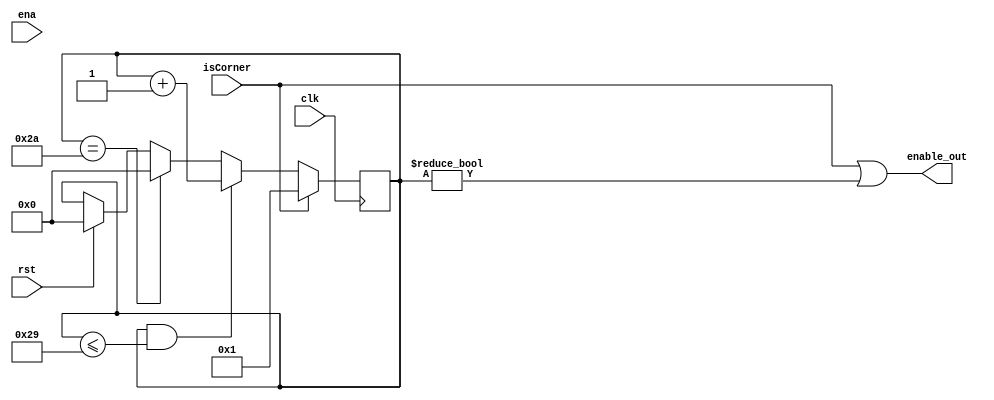
module Centroid_Controller(clk, rst, ena, isCorner, enable_out);

input clk;
input rst;
input ena;

input isCorner;

output enable_out;

reg [6-1:0] counter;

always @(posedge clk) begin
    if (rst) counter <= 0;
    if (isCorner == 1) counter <= 1;
	 else if (counter && (counter <= 6'b101001)) counter <= counter + 1; // 41
	 else if (counter == 6'b101010) counter <= 0; // 42
end

assign enable_out = isCorner || (counter != 0);

endmodule